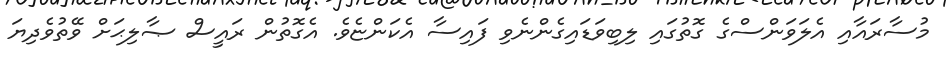
މުސާރައާއި އެލަވަންސްގެ ގޮތުގައި ލިބިވަޑައިގެންނެވި ފައިސާ އެކަންޏެވެ. އެގޮތުން ރައީސް ޞާލިޙަށް ވޭތުވެދިޔަ